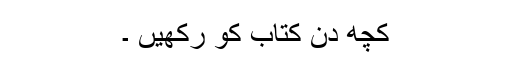
کچھ دن کتاب کو رکھیں ۔